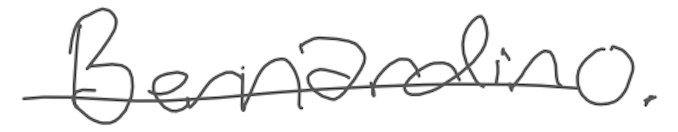
Text: Bernardino.
Cross-out: single-line
Writing tool: digital_gray